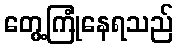
တွေ့ကြုံနေရသည်